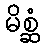
မိစ္ဆံ